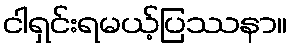
ငါရှင်းရမယ့်ပြဿနာ။